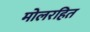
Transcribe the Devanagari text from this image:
मोलरहित